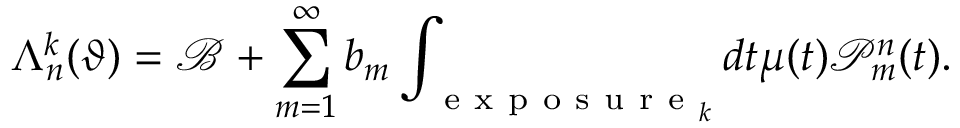
\Lambda _ { n } ^ { k } ( \vartheta ) = \mathcal { B } + \sum _ { m = 1 } ^ { \infty } b _ { m } \int _ { \mathrm { ~ e ~ x ~ p ~ o ~ s ~ u ~ r ~ e ~ } _ { k } } d t \mu ( t ) \mathcal { P } _ { m } ^ { n } ( t ) .